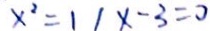
x ^ { 2 } = 1 1 x - 3 = 0